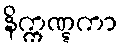
နိက္ကဏ္ဋကာ